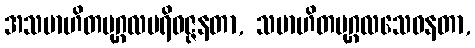
အသမာဟိတပုဂ္ဂလပရိဝဇ္ဇနတာ, သမာဟိတပုဂ္ဂလသေဝနတာ,